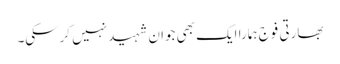
بھارتی فوج ہمارا ایک بھی جوان شہید نہیں کرسکی۔